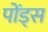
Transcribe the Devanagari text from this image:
पोंड्स